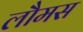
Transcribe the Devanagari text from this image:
लौमस